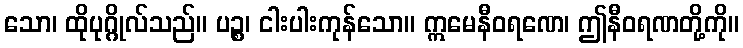
သော၊ ထိုပုဂ္ဂိုလ်သည်။ ပဉ္စ၊ ငါးပါးကုန်သော။ ဣမေနီဝရဏေ၊ ဤနီဝရဏတို့ကို။